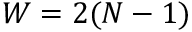
\boldsymbol { W } = 2 ( N - 1 )